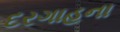
દરગાહના